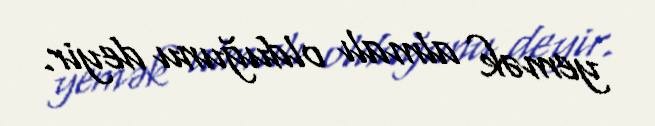
yemək almalı olduğunu deyir.